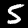
Label: 5